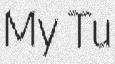
My Tu